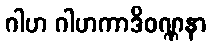
ဂါဟ ဂါဟကာဒိဝဏ္ဏနာ